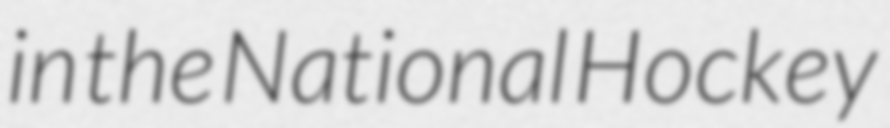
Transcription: in the National Hockey